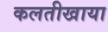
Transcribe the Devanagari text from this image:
कलतीखाया